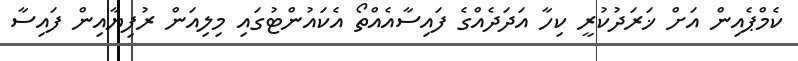
ކެމްޕެއިން އަށް ޚަރަދުކުރީ ކިހާ އަދަދެއްގެ ފައިސާއެއްތޯ އެކައުންޓުގައި މިލިއަން ރުފިޔާއިން ފައިސާ